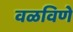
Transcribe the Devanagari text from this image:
वळविणे